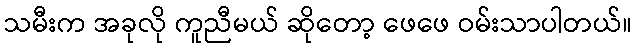
သမီးက အခုလို ကူညီမယ် ဆိုတော့ ဖေဖေ ဝမ်းသာပါတယ်။